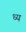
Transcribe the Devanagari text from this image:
ध्य